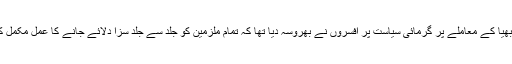
کوشامبی نربھیا کے معاملے پر گرمائی سیاست پر افسروں نے بھروسہ دیا تھا کہ تمام ملزمین کو جلد سے جلد سزا دلائے جانے کا عمل مکمل کیا جائے گا۔